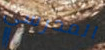
المدرسي